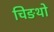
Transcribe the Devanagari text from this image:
चिङथो